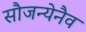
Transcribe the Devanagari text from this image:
सौजन्येनैव